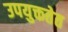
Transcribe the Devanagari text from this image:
उपयुक्ततेत